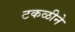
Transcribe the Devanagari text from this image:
टकळीने